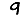
Digit: 9